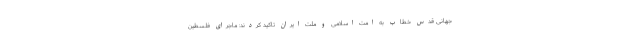
جهانی قدس خطاب به امت اسلامی و ملت ایران تاکید کردند: ماجرای فلسطین